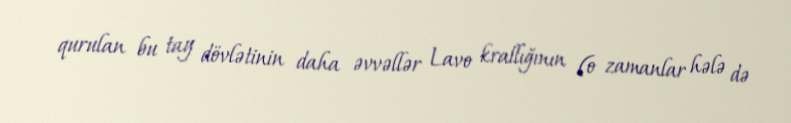
qurulan bu tay dövlətinin daha əvvəllər Lavo krallığının (o zamanlar hələ də